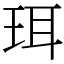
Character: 珥